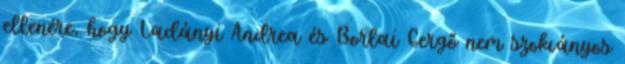
ellenére, hogy Ladányi Andrea és Borlai Gergő nem szokványos